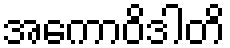
အကောဝိဒါတိ